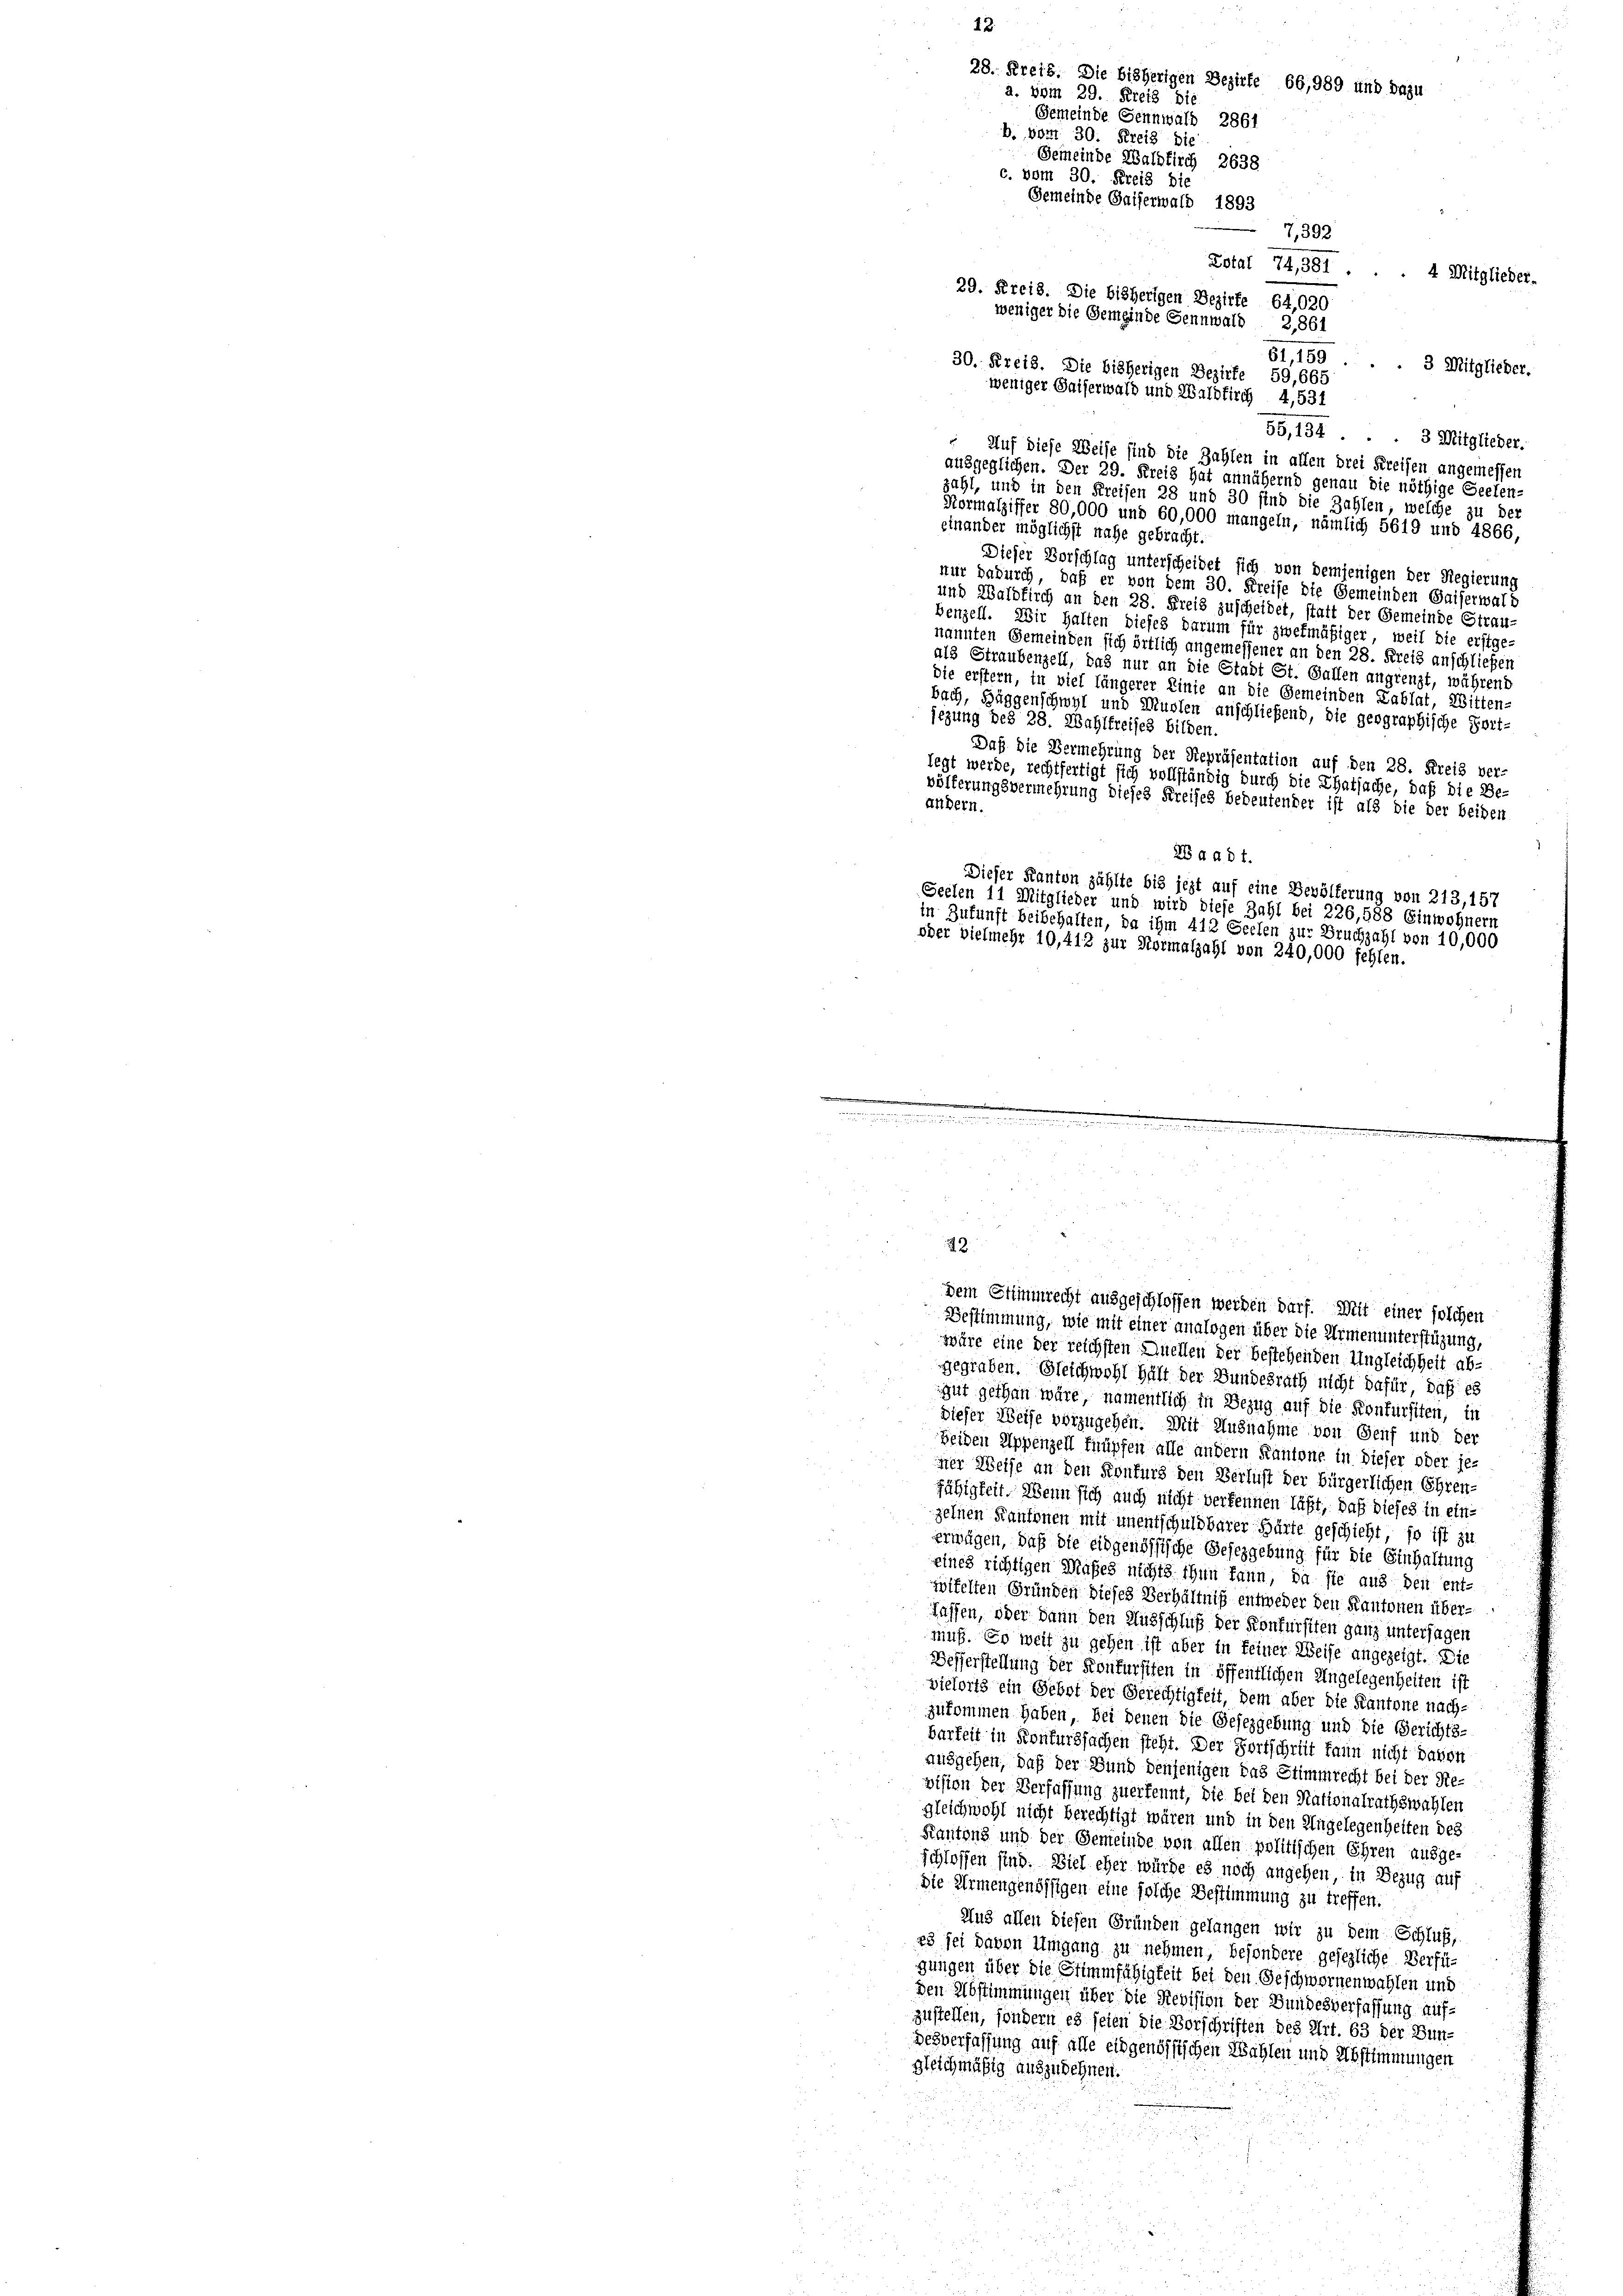
61, 159 . . . 3 Mitglieder.
30. Kreis. Die bisherigen Bezirke 59,665
weniger Gaiserwald und Waldkirch 4,531
55,134 . . . 3 Mitglieder.
 Auf diese Weise sind die Zahlen in allen drei Kreisen angemessen
ausgeglichen. Der 29. Kreis hat annähernd genau die nöthige Seelen-
zahl, und in den Kreisen 28 und 30 sind die Zahlen, welche zu der
Normalziffer 80,000 und 60,000 mangeln, nämlich 5619 und 4866,
einander möglichst nahe gebracht.
Dieser Vorschlag unterscheidet sich von demjenigen der Regierung
nur dadurch, daß er von dem 30. Kreise die Gemeinden Gaiserwald
und Waldkirch an den 28. Kreis zuscheidet, statt der Gemeinde Strau-
Benzell. Wir halten dieses darum für zwekmäßiger, weil die erstge-
nannten Gemeinden sich örtlich angemessener an den 28. Kreis anschließen
als Straubenzell, das nur an die Stadt St. Gallen angrenzt, während
die erstern, in viel längerer Linie an die Gemeinden Tablat, Witten-
bach, Häggenschwyl und Musten anschließend, die geographische Fort-
jezung bez 28. Wahlkreises bilden.
Daß die Vermehrung der Repräsentation auf den 28. Kreis ver-
legt werde, rechtfertigt sich vollständig durch die Thatsache, daß die Be-
völferungsvermehrung dieses Kreises bedeutender ist als die der beiden
Andern.
2848 f.
Dieser Kanton zählte bis jezt auf eine Bevölferung von 213,157
Seelen 11 Mitglieder und wird diese Zahl bei 226,588 Einwohnern
in Zukunft beibehalten, da ihm 412 Seelen zur Bruchzahl von 10,000
oder vielmehr 10,412 zur Formalzahl von 240,000 fehlen.

12.
28. Kreis. Die bisherigen Bezirke 66,989 und dazu
a. vom 29. Kreis die
Gemeinde Gennwald 2861
b. vom 30. Kreis die
Gemeinde Waldkirch 2638
c. vom 30. Kreis die
Gemeinde Gaiserwald 1893

7,392
Lotal 74,381.
 4 Mitglieder.
29. Kreis. Die bisherigen Bezirke 64,020
weniger die Gemeinde Sennwald 2,861

23
Dem Stimmrecht ausgeschlossen werden darf. Mit einer solchen
Bestimmung, wie mit einer analogen über die Armenunterstüzung,
wäre eine der reichsten Quellen der bestehenden Ungleichheit abgegraben. Gleichwohl hält der Bundesrath nicht dafür daß es
gut gethan wäre, namentlich in Bezug auf die Kontursiten, in
Dieser Weise vorzugehen. Mit Ausnahme von Genf und der
Beiden Appenzell knüpfen alle andern Kantone in dieser oder je-
ner Weise an den Konkurs den Verlust der bürgerlichen Ehren-
fähigkeit. Wenn sich auch nicht verkennen läßt, daß dieses in einzelnen Kantonen mit unentschuldbarer Härte geschieht, so ist zu
erwägen, daß die eidgenössische Gesezgebung für die Einhaltung
eines richtigen Maßes nichts thun kann, da sie aus den ent-
zifelten Gründen dieses Verhältniß entweder den Kantonen über¬
Lassen, oder dann den Ausschluß der Konfursiten ganz untersagen
muß. So weit zu gehen ist aber in feiner Weise angezeigt. Die
Besserstellung der Konfursiten in öffentlichen Angelegenheiten ist
vielorts ein Gebot der Gerechtigkeit, dem aber die Kantone nach-
zukommen haben, bei denen die Gesezgebung und die Gerichts-
barkeit in Konkurssachen steht. Der Fortschrüt kann nicht davon
ausgehen, daß der Bund denjenigen das Stimmrecht bei der Re-
vision der Verfassung zuerkennt, die bei den Nationalrathswahlen
gleichwohl nicht berechtigt wären und in den Angelegenheiten des
Kantons und der Gemeinde von allen politischen Ehren ausge-
schlossen sind. Viel eher würde es noch angehen, in Bezug auf
Die Armengenössigen eine solche Bestimmung zu treffen.
Aus allen diesen Gründen gelangen wir zu dein Schluß,
23 sei davon Umgang zu nehmen, besondere gesezliche Verfü-
gungen über die Stimmfähigkeit bei den Geschwornenwahlen und
den Abstimmungen über die Revision der Bundesverfassung aufzustellen, sondern es seien die Vorschriften des Art. 63 der Bun¬
Desverfassung auf alle eidgenössischen Wahlen und Abstimmungen
gleichmäßig auszudehnen.